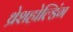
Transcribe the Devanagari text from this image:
थ्रेशहोल्डिंग